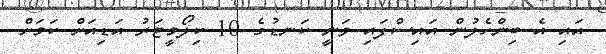
އައި އެ ބިންހެލުން އައިސްފައި ވަނީ ކަނޑުގެ 10 ކިލޯމީޓަރު އަޑިއަށް ކަމަށް